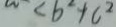
< b ^ { 2 } + c ^ { 2 }